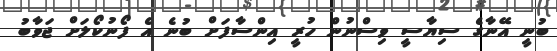
ބުނީ އޭނާގެ ސިޔާސީ ވިސްނުން ހުރީ އިންސާފަށް ބުނެ އެ ފޯނުކޯލަށް ޖަވާބު